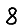
Digit: 8